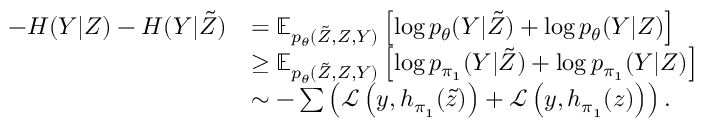
\begin{array} { r l } { - H ( Y | Z ) - H ( Y | \tilde { Z } ) } & { = \mathbb { E } _ { p _ { \theta } ( \tilde { Z } , Z , Y ) } \left[ \log p _ { \theta } ( Y | \tilde { Z } ) + \log p _ { \theta } ( Y | Z ) \right] } \\ & { \ge \mathbb { E } _ { p _ { \theta } ( \tilde { Z } , Z , Y ) } \left[ \log p _ { \pi _ { 1 } } ( Y | \tilde { Z } ) + \log p _ { \pi _ { 1 } } ( Y | Z ) \right] } \\ & { \sim - \sum \left( \mathcal { L } \left( y , h _ { \pi _ { 1 } } ( \tilde { z } ) \right) + \mathcal { L } \left( y , h _ { \pi _ { 1 } } ( z ) \right) \right) . } \end{array}